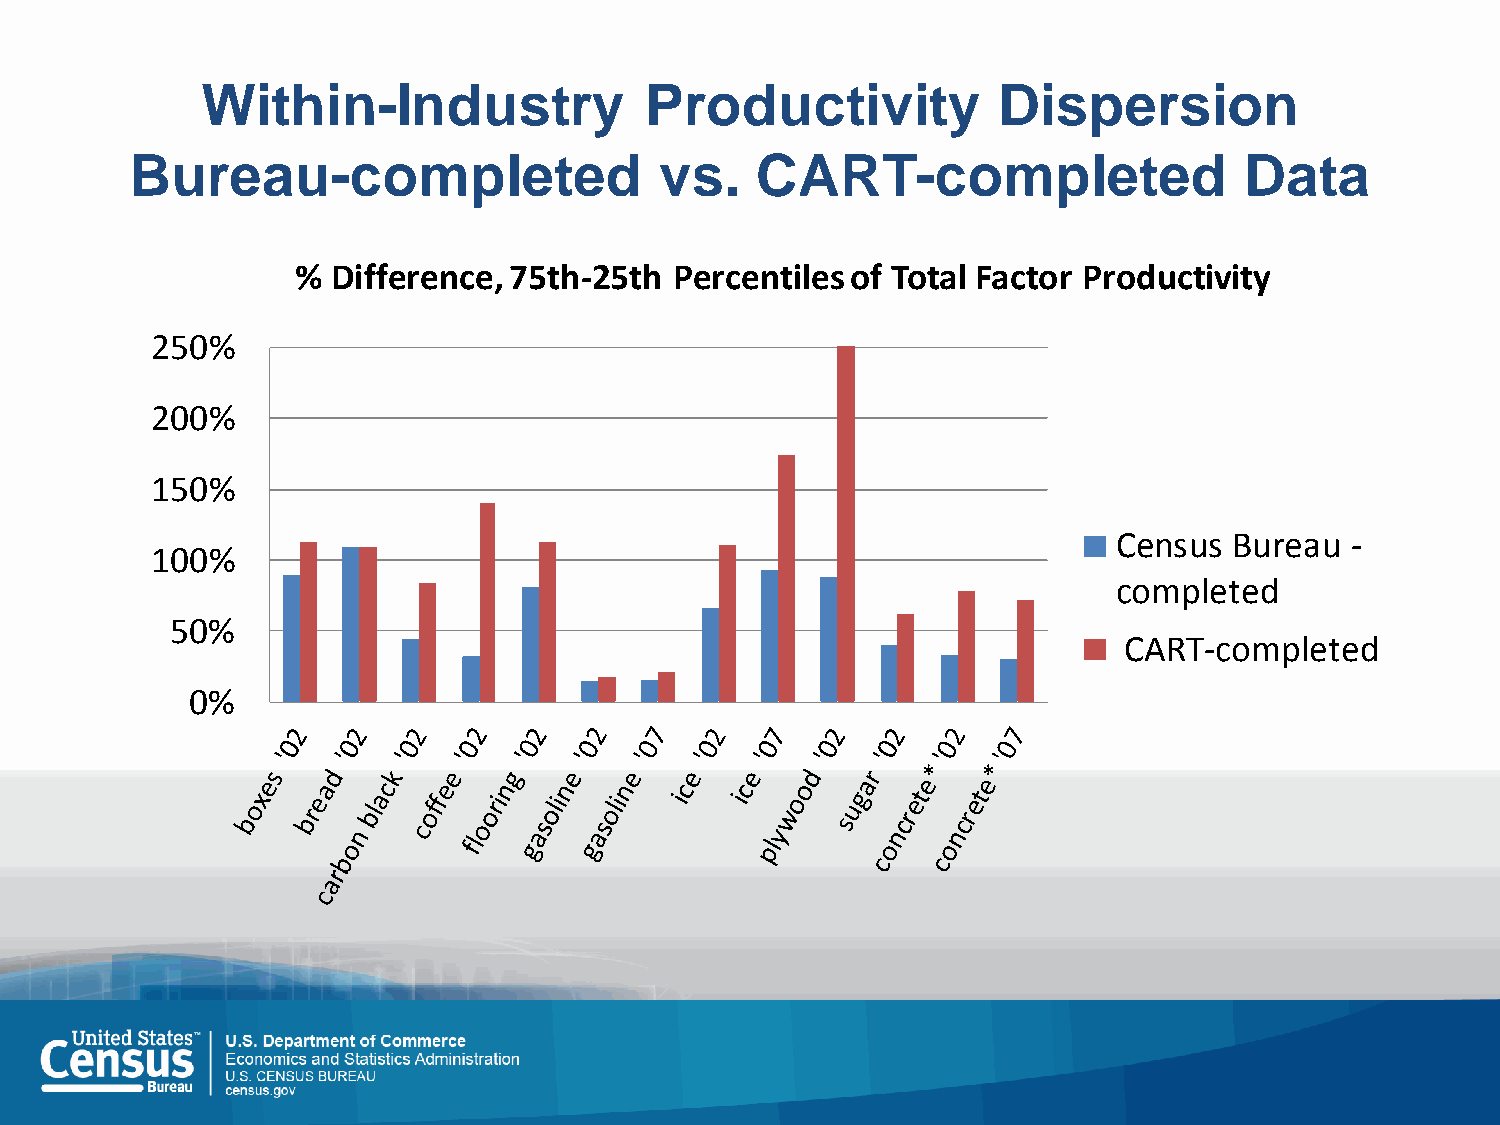
Within-Industry               Productivity           Dispersion
 Bureau-completed                   vs.   CART-completed                  Data
 % Difference, 75th-25th  Percentiles of Total Factor Productivity
 250%
 200%
 150%
 Census  Bureau -
 100%
 completed
 50%
 CART-completed
 0%